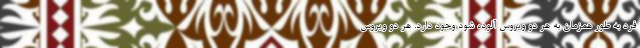
فرد به طور همزمان به هر دو ویروس آلوده شود وجود دارد. هر دو ویروس